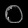
Digit: ၀